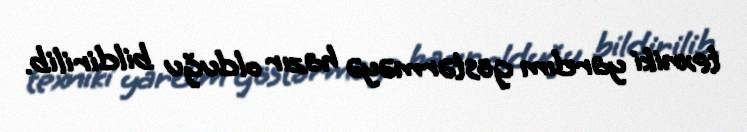
texniki yardım göstərməyə hazır olduğu bildirilib.